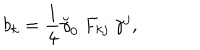
b _ { k } = \frac 1 4 \breve { \gamma } _ { 0 } ~ F _ { k j } ~ \gamma ^ { j } ,